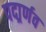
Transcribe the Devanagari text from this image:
पदार्र्णव